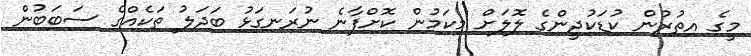
މީގެ އިތުރުން ކުޑަކުދީންގެ ލޮލަށް މިކަމުން ކޮށްފާނެ ނުރަނގަޅު ބަދަލު ތަކެއްގެ ސަބަބުން